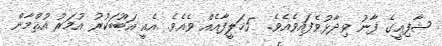
ޝާފިޢީގެ ފާނު ވިދާޅުވެފައިވެއެވެ.  5ޚަލީފާއެއް ވެއެވެ. އެއީ އަބޫބަކުރު އުމަރު އުޘްމާން